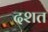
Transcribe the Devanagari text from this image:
दशत